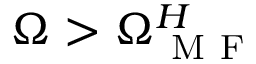
\Omega > \Omega _ { \mathrm { ~ M ~ F ~ } } ^ { H }